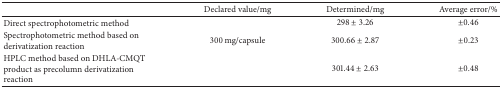
|  | Declared value/mg | Determined/mg | Average error/% |
 | --- | --- | --- | --- |
 | Direct spectrophotometric method |  | 298 ± 3.26 | ±0.46 |
 | Spectrophotometric method based on derivatization reaction | 300 mg/capsule | 300.66 ± 2.87 | ±0.23 |
 | HPLC method based on DHLA-CMQT product as precolumn derivatization reaction |  | 301.44 ± 2.63 | ±0.48 |